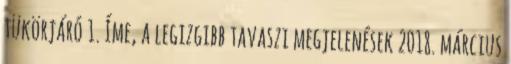
tükörjáró 1. Íme, a legizgibb tavaszi megjelenések 2018. március